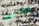
شاربي